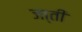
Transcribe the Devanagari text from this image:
जा्ती